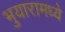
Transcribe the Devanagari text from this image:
भुयारामध्ये